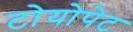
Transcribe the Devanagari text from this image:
टोयोपेट